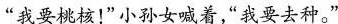
“我要桃核!”小孙女喊着“我要去种。”